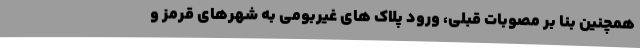
همچنین بنا بر مصوبات قبلی، ورود پلاک‌ های غیربومی به شهرهای قرمز و